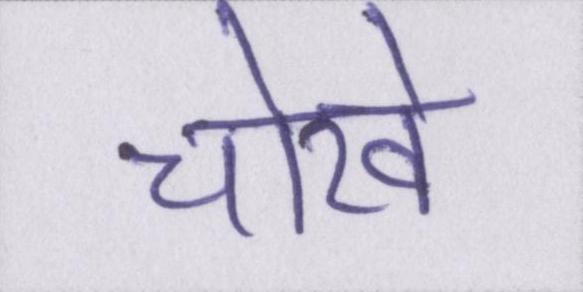
चोखे